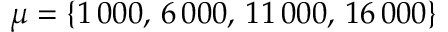
\mu = \{ 1 \, 0 0 0 , \, 6 \, 0 0 0 , \, 1 1 \, 0 0 0 , \, 1 6 \, 0 0 0 \}